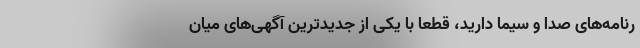
رنامه‌های صدا و سیما دارید، قطعا با یکی از جدیدترین آگهی‌های میان